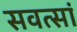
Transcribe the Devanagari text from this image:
सवत्सां